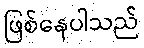
ဖြစ်နေပါသည်